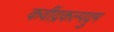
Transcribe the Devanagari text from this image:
कवींद्रकल्पद्रुम